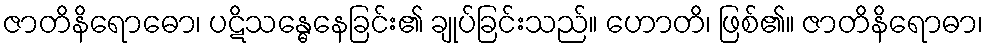
ဇာတိနိရောဓော၊ ပဋိသန္ဓေနေခြင်း၏ ချုပ်ခြင်းသည်။ ဟောတိ၊ ဖြစ်၏။ ဇာတိနိရောဓာ၊